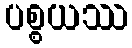
ပစ္စယဿ